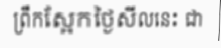
ព្រឹកស្អែកថ្ងៃសីលនេះ ជា